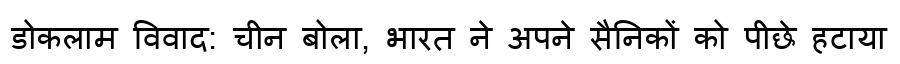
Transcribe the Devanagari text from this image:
डोकलाम विवाद: चीन बोला, भारत ने अपने सैनिकों को पीछे हटाया